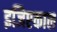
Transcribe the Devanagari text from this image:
इजिप्टकाल